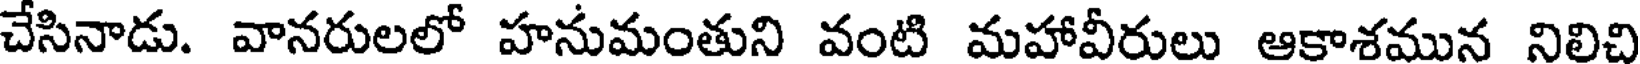
చేసినాడు. వానరులలో హనుమంతుని వంటి మహావీరులు ఆకాశమున నిలిచి